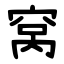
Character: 窝